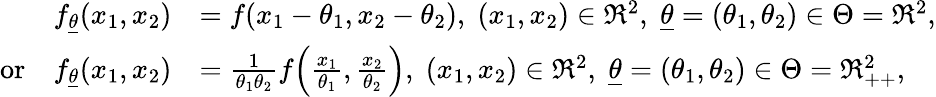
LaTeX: \begin{array}{rl}{f_{\underline{{\theta}}}(x_{1},x_{2})}&{=f(x_{1}-\theta_{1},x_{2}-\theta_{2}),\; (x_{1},x_{2})\in\Re^{2},\; \underline{{\theta}}=(\theta_{1},\theta_{2})\in\Theta=\Re^{2},}\\ {\mathrm{or}\quad f_{\underline{{\theta}}}(x_{1},x_{2})}&{=\frac{1}{\theta_{1}\theta_{2}}f\! \left(\frac{x_{1}}{\theta_{1}},\frac{x_{2}}{\theta_{2}}\right),\; (x_{1},x_{2})\in\Re^{2},\; \underline{{\theta}}=(\theta_{1},\theta_{2})\in\Theta=\Re_{++}^{2},\; \; \, }\end{array}